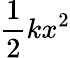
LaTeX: {\frac{1}{2}}kx^{2}